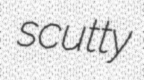
scutty